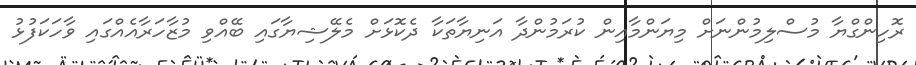
ރޮހިންގްޔާ މުސްލިމުންނަށް މިޔަންމާއިން ކުރަމުންދާ އަނިޔާތަކާ ދެކޮޅަށް މެލޭޝިޔާގައި ބޭއްވި މުޒާހަރާއެއްގައި ވާހަކަފުޅު